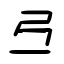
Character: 弖